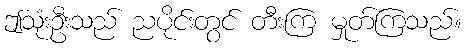
ဤသုံးဦးသည် ညပိုင်းတွင် တီးကြ မှုတ်ကြသည်။